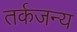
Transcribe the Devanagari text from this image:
तर्कजन्य